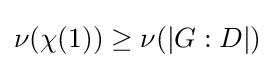
\nu (\chi (1))\geq \nu (|G:D|)